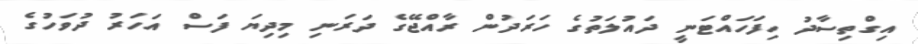
އިގްތިސާދު ހިފަހައްޓަނީ ދައުލަތުގެ ހަރަދުން ރާއްޖޭގެ ދަރަނި މިދިޔަ ފަސް އަހަރު ދުވަހުގެ